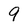
Character: 9